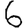
Digit: 6